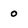
Character: 0